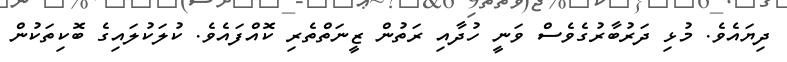
ދިޔައެވެ. މުޅި ދަރުބާރުގެވެސް ވަނީ ހުދާއި ރަތުން ޒީނަތްތެރި ކޮއްފައެވެ. ކުލަކުލައިގެ ބޮކިތަކުން